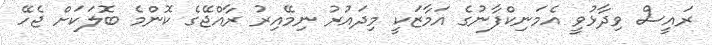
ރައީސް ވިދާޅުވީ އެމަނިކްފާނުގެ އަމާޒަކީ މިދައުރު ނިމޭއިރު ރާއްޖޭގެ ކޮންމެ ބޮލަކަށް ޖެހޭ